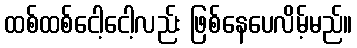
ထစ်ထစ်ငေါ့ငေါ့လည်း ဖြစ်နေပေလိမ့်မည်။